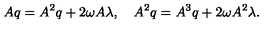
A q = A ^ { 2 } q + { 2 \omega } A \lambda , \quad A ^ { 2 } q = A ^ { 3 } q + { 2 \omega } A ^ { 2 } \lambda .